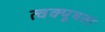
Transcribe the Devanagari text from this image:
त्वक्पूयता